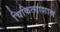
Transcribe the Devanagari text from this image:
चिकित्साशास्र